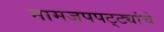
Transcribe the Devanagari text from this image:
नामजपपट्ट्यांचे